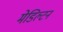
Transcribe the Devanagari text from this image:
मेडिल्टन